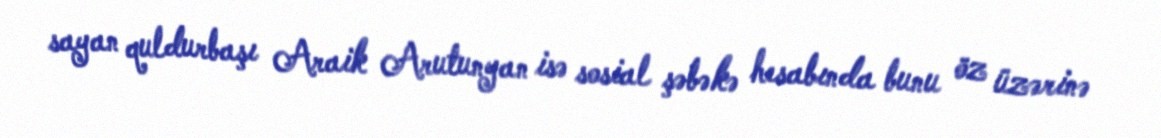
sayan quldurbaşı Araik Arutunyan isə sosial şəbəkə hesabında bunu öz üzərinə